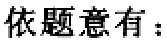
依题意有：